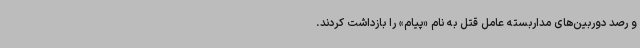
و رصد دوربین‌های مداربسته عامل قتل به نام «پیام» را بازداشت کردند.